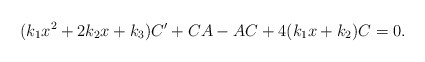
\begin{align*}(k_{1}x^{2}+2k_{2}x+k_{3})C^{\prime}+CA-AC+4(k_{1}x+k_{2})C=0.\end{align*}